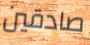
صادقين